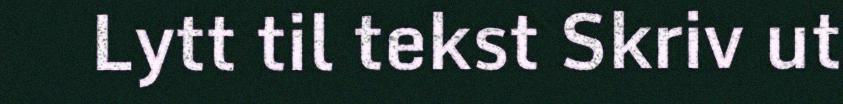
Lytt til tekst Skriv ut